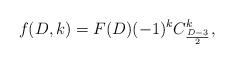
LaTeX: \begin{align*}f(D,k)=F(D)(-1)^{k}C^{k}_{\frac{D-3}{2}},\end{align*}